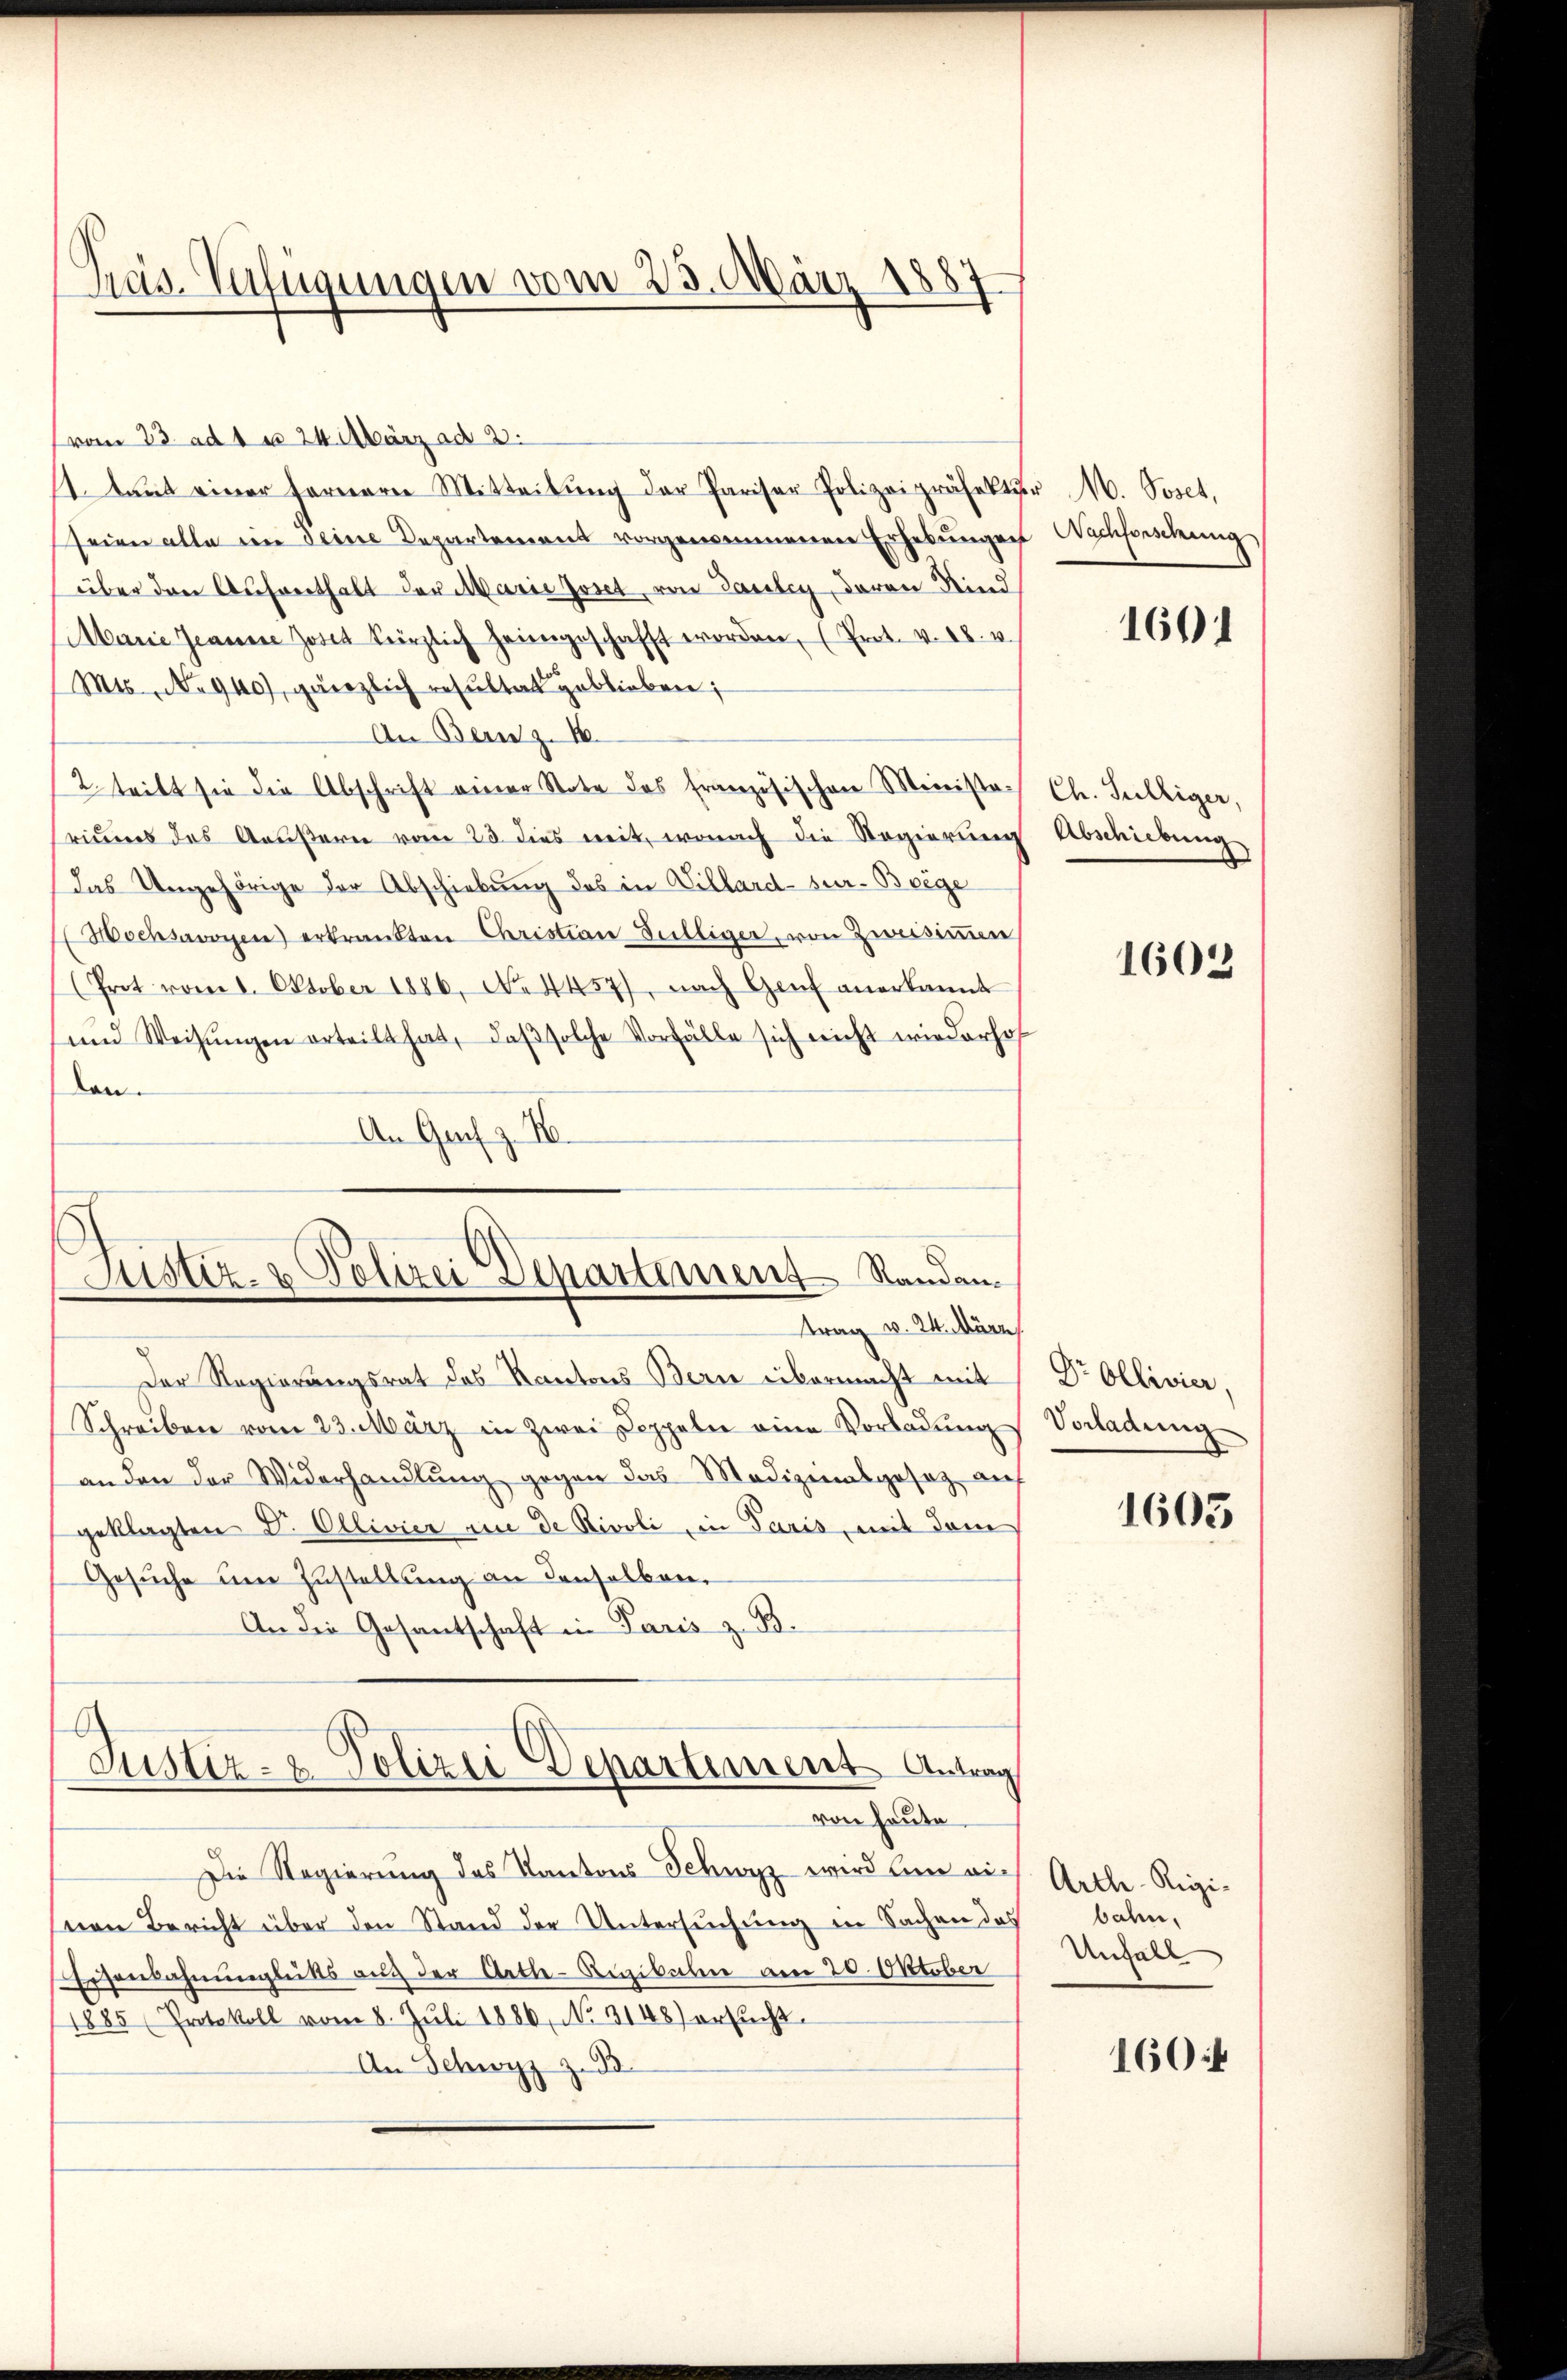
Pras-Verfügungen vom 25. März 1887

(vom 23. ad 1 u 24. März ad 2.
1. Laut einer fernern Mitteilŭng der Pariser Polizeipräsektŭr M. Poset,
seien alle im seine Departement vorgenommenen Erhebungen Wachforschung
über den Aufenthalt der Marie Zonet von Gauley, davon Kind
Marie Jeanne Jost kürzlich heimgeschafft worden, (Prot. v. 18. v.
Mts. No 940), gänzlich resultat geblieben;
An Bern z. 16.
2. tritt sie die Abschrift einer Note des französischen Minister Ch. Sulkiger,
riums des Aeußern vom 23. dies mit, wonach die Regierung Abschiebung
Das Ungehörige der Abschiebung des in Villard-Sur-Boege
Hochsavoyen erkränkten Christian Gulliger, von Zweisimmen,
(Prot vom 8. Oktober 1886. No 4457), nach Genf anerkannt
und Weisungen erteilt hat, daß solche Vorfälle sich nicht wiederhof
lan.
An Graz
Justiz- & Polizei Departement Randen.

trag v. 24. März

Der Regierungsrat des Kantons Bern übermacht mit Dr Ollivier,
Schreiben vom 23. März in zwei Doppeln eine Vorladŭng Vorladung
an den der Widerhandlung gegen das Medizinalgesetz auf
geklagten D. Ollivier ein de Rivoli, in Paris, mit dem
Gesuche um Zustellung an denselben,
An die Gesantschaft in Paris z. B
Justiz- & Polizei Departement Antrag
von heute
Die Regierung des Kantons Schwyz wird bin auch Artle-Rigi-
von Bericht über den Stand der Untersuchung in Sachen das
Eisenbahnunglüks auf der Aetle-Rigibalen am 20. Oktober
885 (Protokoll vom 8. Jŭli 1886, No 1148) ersŭcht
An Schwyz z. B.

1601

1602

1605

bahn.
Unfall

160: